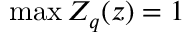
\operatorname* { m a x } Z _ { q } ( z ) = 1